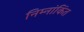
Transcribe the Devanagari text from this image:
निम्नांकिंत